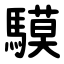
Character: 䮬